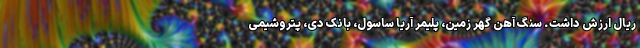
ریال ارزش داشت. سنگ آهن گهر زمین، پلیمر آریا ساسول، بانک دی، پتروشیمی